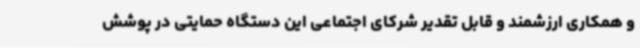
و همکاری ارزشمند و قابل تقدیر شرکای اجتماعی این دستگاه حمایتی در پوشش